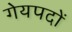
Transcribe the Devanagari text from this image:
गेयपदों